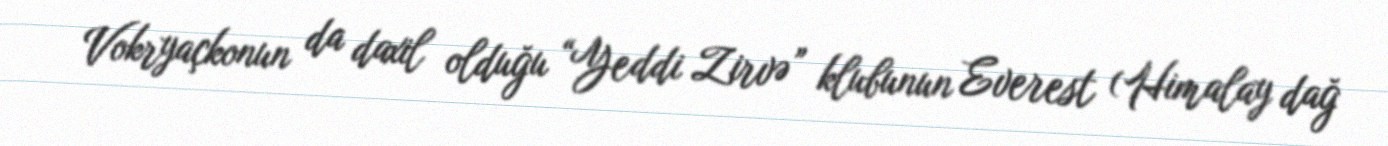
Vokryaçkonun da daxil olduğu “Yeddi Zirvə” klubunun Everest (Himalay dağ